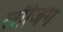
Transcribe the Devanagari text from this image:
लाॅजिंग